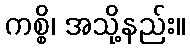
ကစ္စိ၊ အသို့နည်း။